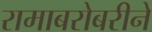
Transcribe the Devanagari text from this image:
रामाबरोबरीने